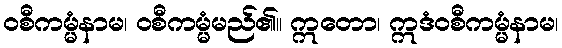
ဝစီကမ္မံနာမ၊ ဝစီကမ္မံမည်၏။ ဣတော၊ ဣဒံဝစီကမ္မံနာမ၊